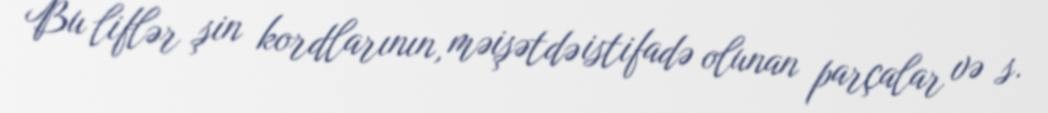
Bu liflər şin kordlarının, məişətdə istifadə olunan parçalar və s.